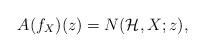
LaTeX: \begin{align*}A(f_X)(z) = N(\mathcal{H}, X ;z),\end{align*}